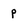
Character: p